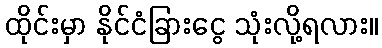
ထိုင်းမှာ နိုင်ငံခြားငွေ သုံးလို့ရလား။